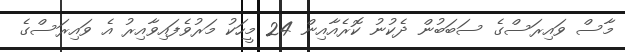
މާސް ވައިރަސްގެ ސަބަބުން ދެކުނު ކޮރެއާއިން 24 މީހަކު މަރުވެފައިވާއިރު އެ ވައިރަސްގެ